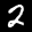
Label: 2